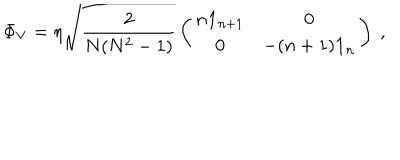
\Phi _ { V } = \eta \sqrt { \frac { 2 } { N ( N ^ { 2 } - 1 ) } } \left( \begin{matrix} { { n { \bf 1 } _ { n + 1 } } } & { { { \bf 0 } } } \\ { { { \bf 0 } } } & { { - ( n + 1 ) { \bf 1 } _ { n } } } \\ \end{matrix} \right) \ ,